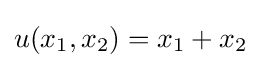
u(x_{1},x_{2})=x_{1}+x_{2}